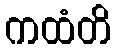
ကထံတိ